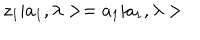
z _ { 1 } | a _ { 1 } , \lambda > = a _ { 1 } | a _ { 1 } , \lambda >